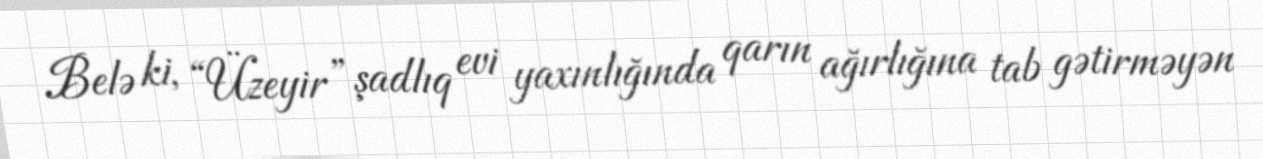
Belə ki, “Üzeyir” şadlıq evi yaxınlığında qarın ağırlığına tab gətirməyən